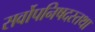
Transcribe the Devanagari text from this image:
सर्वोपनिषदस्तथा